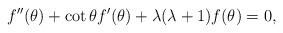
LaTeX: \begin{align*} f''(\theta) + \cot\theta f'(\theta) + \lambda(\lambda+1)f(\theta)=0, \end{align*}